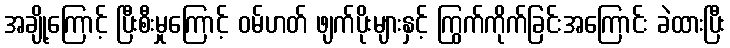
အချို့ကြောင့် ပြီးစီးမှုကြောင့် ဝမ်ဟတ် ဖျက်ပိုးများနှင့် ကြွက်ကိုက်ခြင်းအကြောင်း ခဲထားပြီး